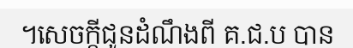
។សេចក្តីជូនដំណឹងពី គ.ជ.ប បាន